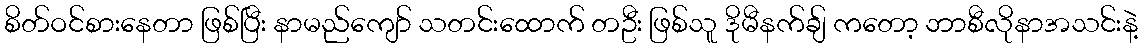
စိတ်ဝင်စားနေတာ ဖြစ်ပြီး နာမည်ကျော် သတင်းထောက် တဦး ဖြစ်သူ ဒိုမီနက်ချ် ကတော့ ဘာစီလိုနာအသင်းနဲ့